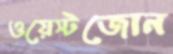
ওয়েস্টজোন